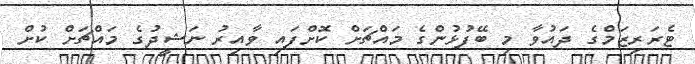
ޓެރަރިޒަމްގެ ދައުވާ މި ބޭފުޅުންގެ މައްޗަށް ކޮށްފައި ވާއިރު ނަޝީދުގެ މައްޗަށް ކުށް